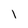
Character: I